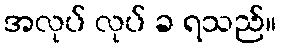
အလုပ် လုပ် ခ ရသည်။